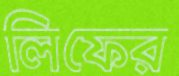
লিফের